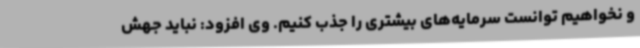
و نخواهیم توانست سرمایه‌های بیشتری را جذب کنیم. وی افزود: نباید جهش